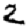
Digit: 2